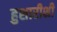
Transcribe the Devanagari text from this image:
हुशारीशी